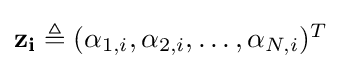
{\textstyle \mathbf {z_{i}} \triangleq (\alpha _{1,i},\alpha _{2,i},\dots ,\alpha _{N,i})^{T}}